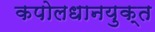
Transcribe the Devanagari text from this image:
कपोलधानयुक्त